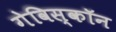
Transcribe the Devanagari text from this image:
गेविस्कॉन